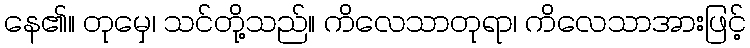
နေ၏။ တုမှေ၊ သင်တို့သည်။ ကိလေသာတုရာ၊ ကိလေသာအားဖြင့်